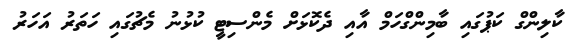
ކާލިންގް ކަޕުގައި ބާމިންގްހަމް އާއި ދެކޮޅަށް މެންސިޓީ ކުޅުނު މެޗުގައި ހަތަރު އަހަރު